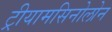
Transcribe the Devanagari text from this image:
ट्रीयामसिनोलोन